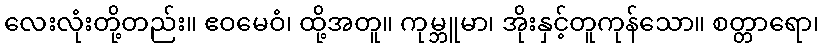
လေးလုံးတို့တည်း။ ဧဝမေဝံ၊ ထို့အတူ။ ကုမ္ဘူမာ၊ အိုးနှင့်တူကုန်သော။ စတ္တာရော၊